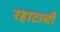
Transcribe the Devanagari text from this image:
रहाटाची